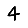
Digit: 4